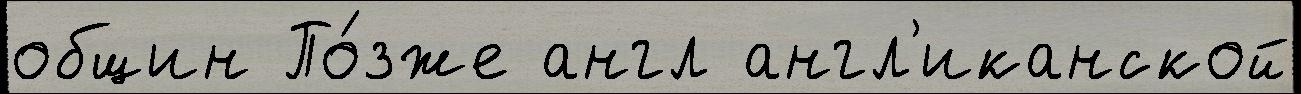
общин По́зже англ англ'иканской